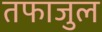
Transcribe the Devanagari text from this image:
तफाजुल